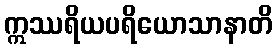
ဣဿရိယပရိယောသာနာတိ